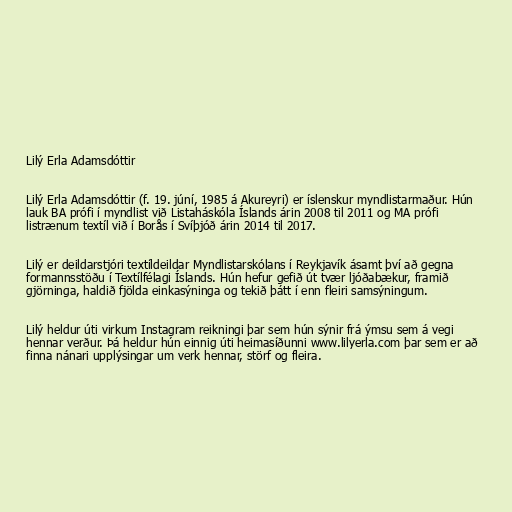
Lilý Erla Adamsdóttir

Lilý Erla Adamsdóttir (f. 19. júní, 1985 á Akureyri) er íslenskur myndlistarmaður. Hún
lauk BA prófi í myndlist við Listaháskóla Íslands árin 2008 til 2011 og MA prófi
listrænum textíl við í Borås í Svíþjóð árin 2014 til 2017.

Lilý er deildarstjóri textíldeildar Myndlistarskólans í Reykjavík ásamt því að gegna
formannsstöðu í Textílfélagi Íslands. Hún hefur gefið út tvær ljóðabækur, framið
gjörninga, haldið fjölda einkasýninga og tekið þátt í enn fleiri samsýningum.

Lilý heldur úti virkum Instagram reikningi þar sem hún sýnir frá ýmsu sem á vegi
hennar verður. Þá heldur hún einnig úti heimasíðunni www.lilyerla.com þar sem er að
finna nánari upplýsingar um verk hennar, störf og fleira.